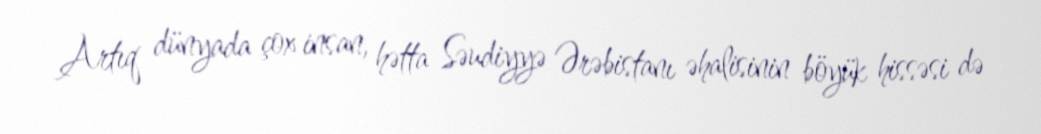
Artıq dünyada çox insan, hətta Səudiyyə Ərəbistanı əhalisinin böyük hissəsi də